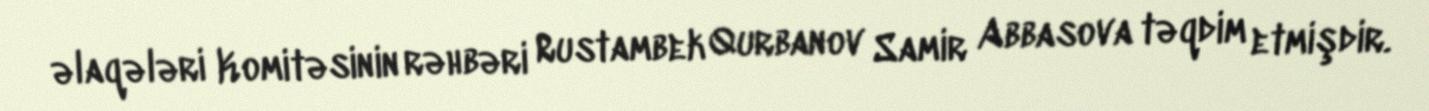
əlaqələri Komitəsinin rəhbəri Rustambek Qurbanov Samir Abbasova təqdim etmişdir.